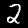
Label: 2